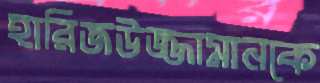
হারিজউজ্জামানকে